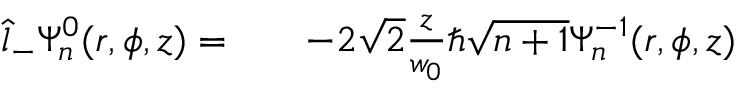
\begin{array} { r l r } { \hat { l } _ { - } \Psi _ { n } ^ { 0 } ( r , \phi , z ) = } & { { } } & { - 2 \sqrt { 2 } \frac { z } { w _ { 0 } } \hbar \sqrt { n + 1 } \Psi _ { n } ^ { - 1 } ( r , \phi , z ) } \end{array}